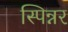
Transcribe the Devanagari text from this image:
स्पिन्नर